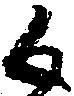
候